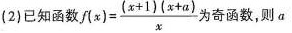
(2) 已知函数 $$f ( x ) = \frac{ ( x + 1 ) ( x + a)} {x}$$ 为奇函数，则a